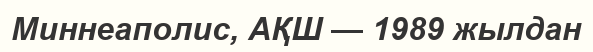
Миннеаполис, АҚШ — 1989 жылдан